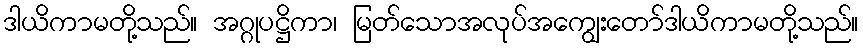
ဒါယိကာမတို့သည်။ အဂ္ဂုပဋ္ဌိကာ၊ မြတ်သောအလုပ်အကျွေးတော်ဒါယိကာမတို့သည်။